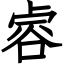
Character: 䜭